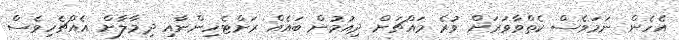
އެހެން ނަމަވެސް ކެތްވާވަރަށް ވުރެ މައްޗަށް ދިއުމުން ބައެއް ރަށްޓެހިންނާއި ދިމާލާށް އެއްޗެހިވެސް